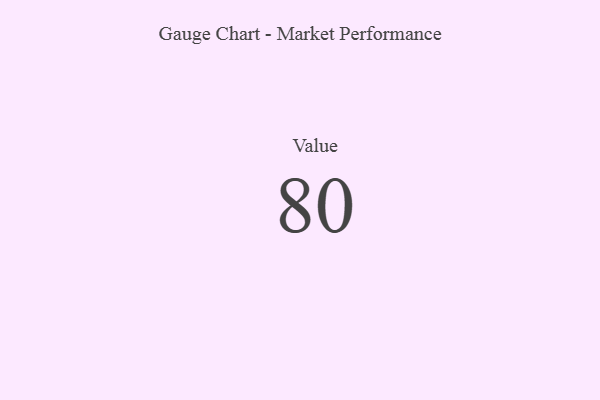
{"axis": {"x": "Metric", "y": "Value"}, "legend": [""], "data": [{"x": "Value", "y": 80, "type": ""}]}